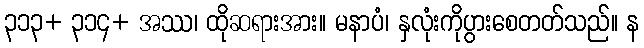
၃၁၃+ ၃၁၄+ အဿ၊ ထိုဆရားအား။ မနာပံ၊ နှလုံးကိုပွားစေတတ်သည်။ န